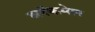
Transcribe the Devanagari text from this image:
ब्लॅकमेल